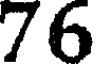
76